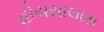
હોયસાલાસ